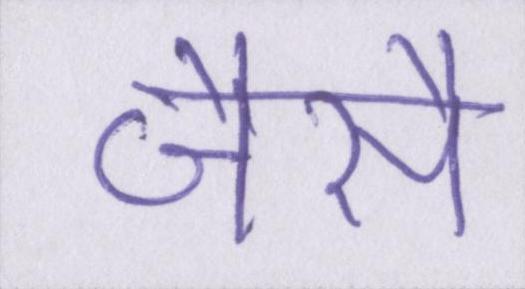
जैसै